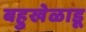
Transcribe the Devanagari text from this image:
बहुखेळाडू